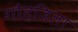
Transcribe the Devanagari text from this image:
गौडजिला